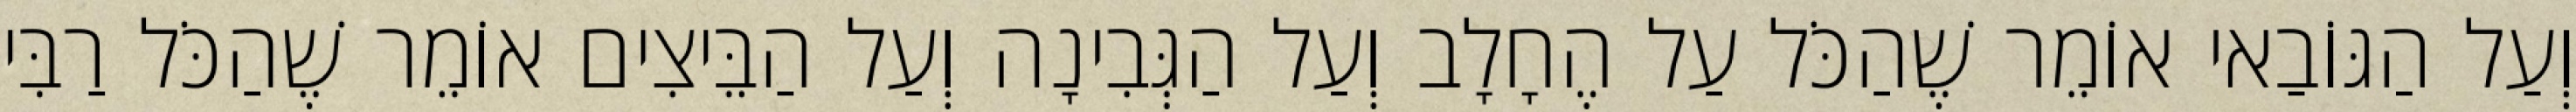
וְעַל הַגּוֹבַאי אוֹמֵר שֶׁהַכֹּל עַל הֶחָלָב וְעַל הַגְּבִינָה וְעַל הַבֵּיצִים אוֹמֵר שֶׁהַכֹּל רַבִּי